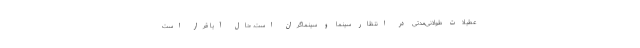
عطیلات طولانی‌مدتی در انتظار سینما و سینماگران است. حال آیا قرار است